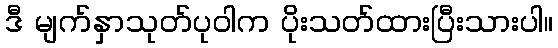
ဒီ မျက်နှာသုတ်ပုဝါက ပိုးသတ်ထားပြီးသားပါ။